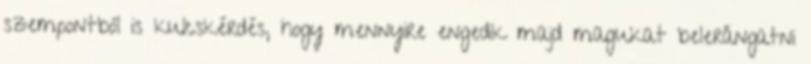
szempontból is kulcskérdés, hogy mennyire engedik majd magukat belerángatni